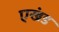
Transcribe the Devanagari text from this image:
एखंड